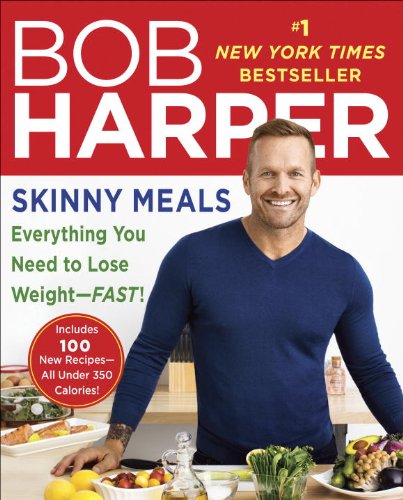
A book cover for Skinny Meals: Everything You Need to Lose Weight-Fast! (Skinny Rules); Bob Harper; Cookbooks, Food & Wine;